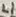
Text: L1